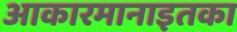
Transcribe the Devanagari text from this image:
आकारमानाइतका